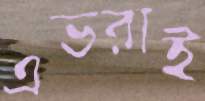
এভরাই